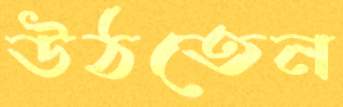
উঠতেন